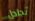
تجادل